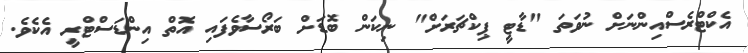
އެކްޓްރެސްއިންނަށް ނުވަތަ "ޑާޓީ ޕިކްޗަރަށް" ނިކަން ބޮޑަށް ބަރޯސާވެފައި އޮތް އިންޑަސްޓްރީ އެކެވެ.